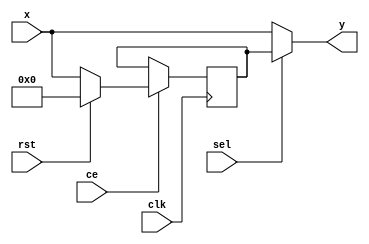
module reg_mux_block (x,sel,clk,ce,rst,y);
	parameter WIDTH=18;
	parameter RSTTYPE="SYNC";
	input [WIDTH-1:0]x;
	input sel,clk,rst,ce;
	output [WIDTH-1:0]y;
	reg [WIDTH-1:0] reg_out;
	//Register
	generate
		if (RSTTYPE=="SYNC") begin
			always @(posedge clk) begin 
				if (ce) begin
					if(rst) begin
					reg_out <= 0;
					end else begin
						reg_out <= x;
					end
				end else reg_out <= reg_out;
			end
		end else begin
			always @(posedge clk or posedge rst) begin 
				if (ce) begin
					if(rst) begin
					reg_out <= 0;
					end else begin
						reg_out <= x;
					end
				end else reg_out <= reg_out;
			end 
		end
	endgenerate
	//Multiblixer
	assign y= sel? reg_out:x;
endmodule